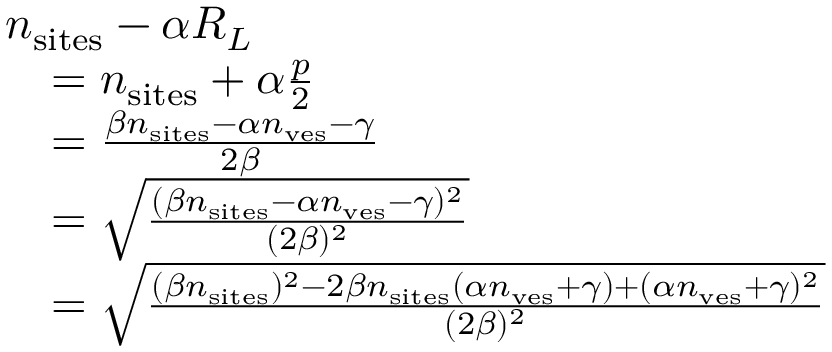
\begin{array} { r l } { \lefteqn { n _ { \mathrm { s i t e s } } - \alpha R _ { L } } } \\ & { = n _ { \mathrm { s i t e s } } + \alpha \frac { p } { 2 } } \\ & { = \frac { \beta n _ { \mathrm { s i t e s } } - \alpha n _ { \mathrm { v e s } } - \gamma } { 2 \beta } } \\ & { = \sqrt { \frac { ( \beta n _ { \mathrm { s i t e s } } - \alpha n _ { \mathrm { v e s } } - \gamma ) ^ { 2 } } { ( 2 \beta ) ^ { 2 } } } } \\ & { = \sqrt { \frac { ( \beta n _ { \mathrm { s i t e s } } ) ^ { 2 } - 2 \beta n _ { \mathrm { s i t e s } } ( \alpha n _ { \mathrm { v e s } } + \gamma ) + ( \alpha n _ { \mathrm { v e s } } + \gamma ) ^ { 2 } } { ( 2 \beta ) ^ { 2 } } } } \end{array}